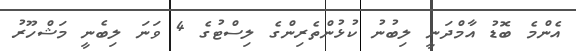
އެންމެ ބޮޑު އާމްދަނީ ލިބުނު ކުޅުންތެރިންގެ ލިސްޓުގެ 4 ވަނަ ލިބެނީ މަޝްހޫރު